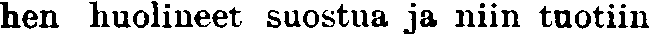
hen huolineet suostua ja niin tuotiin